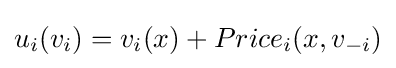
u_{i}(v_{i})=v_{i}(x)+Price_{i}(x,v_{-i})